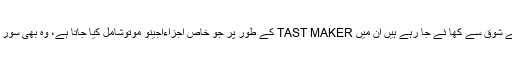
آج کل چائنیز یعنی چین کے کھانے شوق سے کھا ئے جا رہے ہیں ان میں TAST MAKER کے طور پر جو خاص اجزاءاجینو موتوشامل کیا جاتا ہے، وہ بھی سور کی چربی سے ہی بنا یا جا تا ہے۔